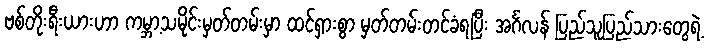
ဗစ်တိုးရီးယားဟာ ကမ္ဘာ့သမိုင်းမှတ်တမ်းမှာ ထင်ရှားစွာ မှတ်တမ်းတင်ခံရပြီး အင်္ဂလန် ပြည်သူပြည်သားတွေရဲ့